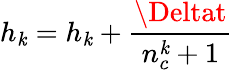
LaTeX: h_{\mathit{k}}=h_{\mathit{k}}+\frac{{\Deltat}}{{n_{c}^{\mathit{k}}+1}}